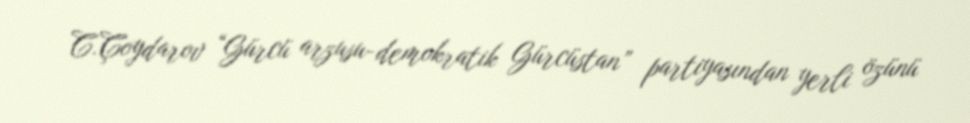
C.Çoydarov “Gürcü arzusu-demokratik Gürcüstan” partiyasından yerli özünü